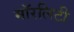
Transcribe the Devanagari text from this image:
मॉरलिटी